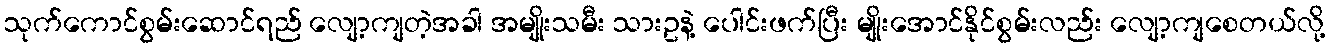
သုက်ကောင်စွမ်းဆောင်ရည် လျော့ကျတဲ့အခါ အမျိုးသမီး သားဥနဲ့ ပေါင်းဖက်ပြီး မျိုးအောင်နိုင်စွမ်းလည်း လျော့ကျစေတယ်လို့